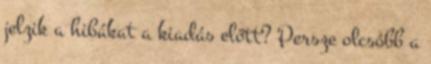
jelzik a hibákat a kiadás előtt? Persze olcsóbb a